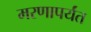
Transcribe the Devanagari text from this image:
मरणापर्यंत